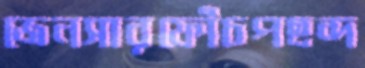
জেনসারফোঁচপছন্দ